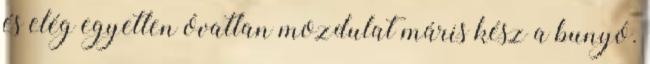
és elég egyetlen óvatlan mozdulat máris kész a bunyó.